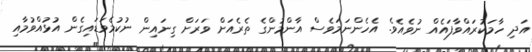
އަދި ހާމަކުރައްވާފައެއް ނުވެއެވެ. އެހެންނަމަވެސް އާންމުންގެ ތެރެއަށް ވަރަށް ގިނައިން ނުކުމެވަޑައިގެން އުޅުއްވުމާއި